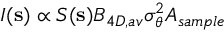
I ( \mathbf { s } ) \propto S ( \mathbf { s } ) B _ { 4 D , a v } \sigma _ { \theta } ^ { 2 } A _ { s a m p l e }